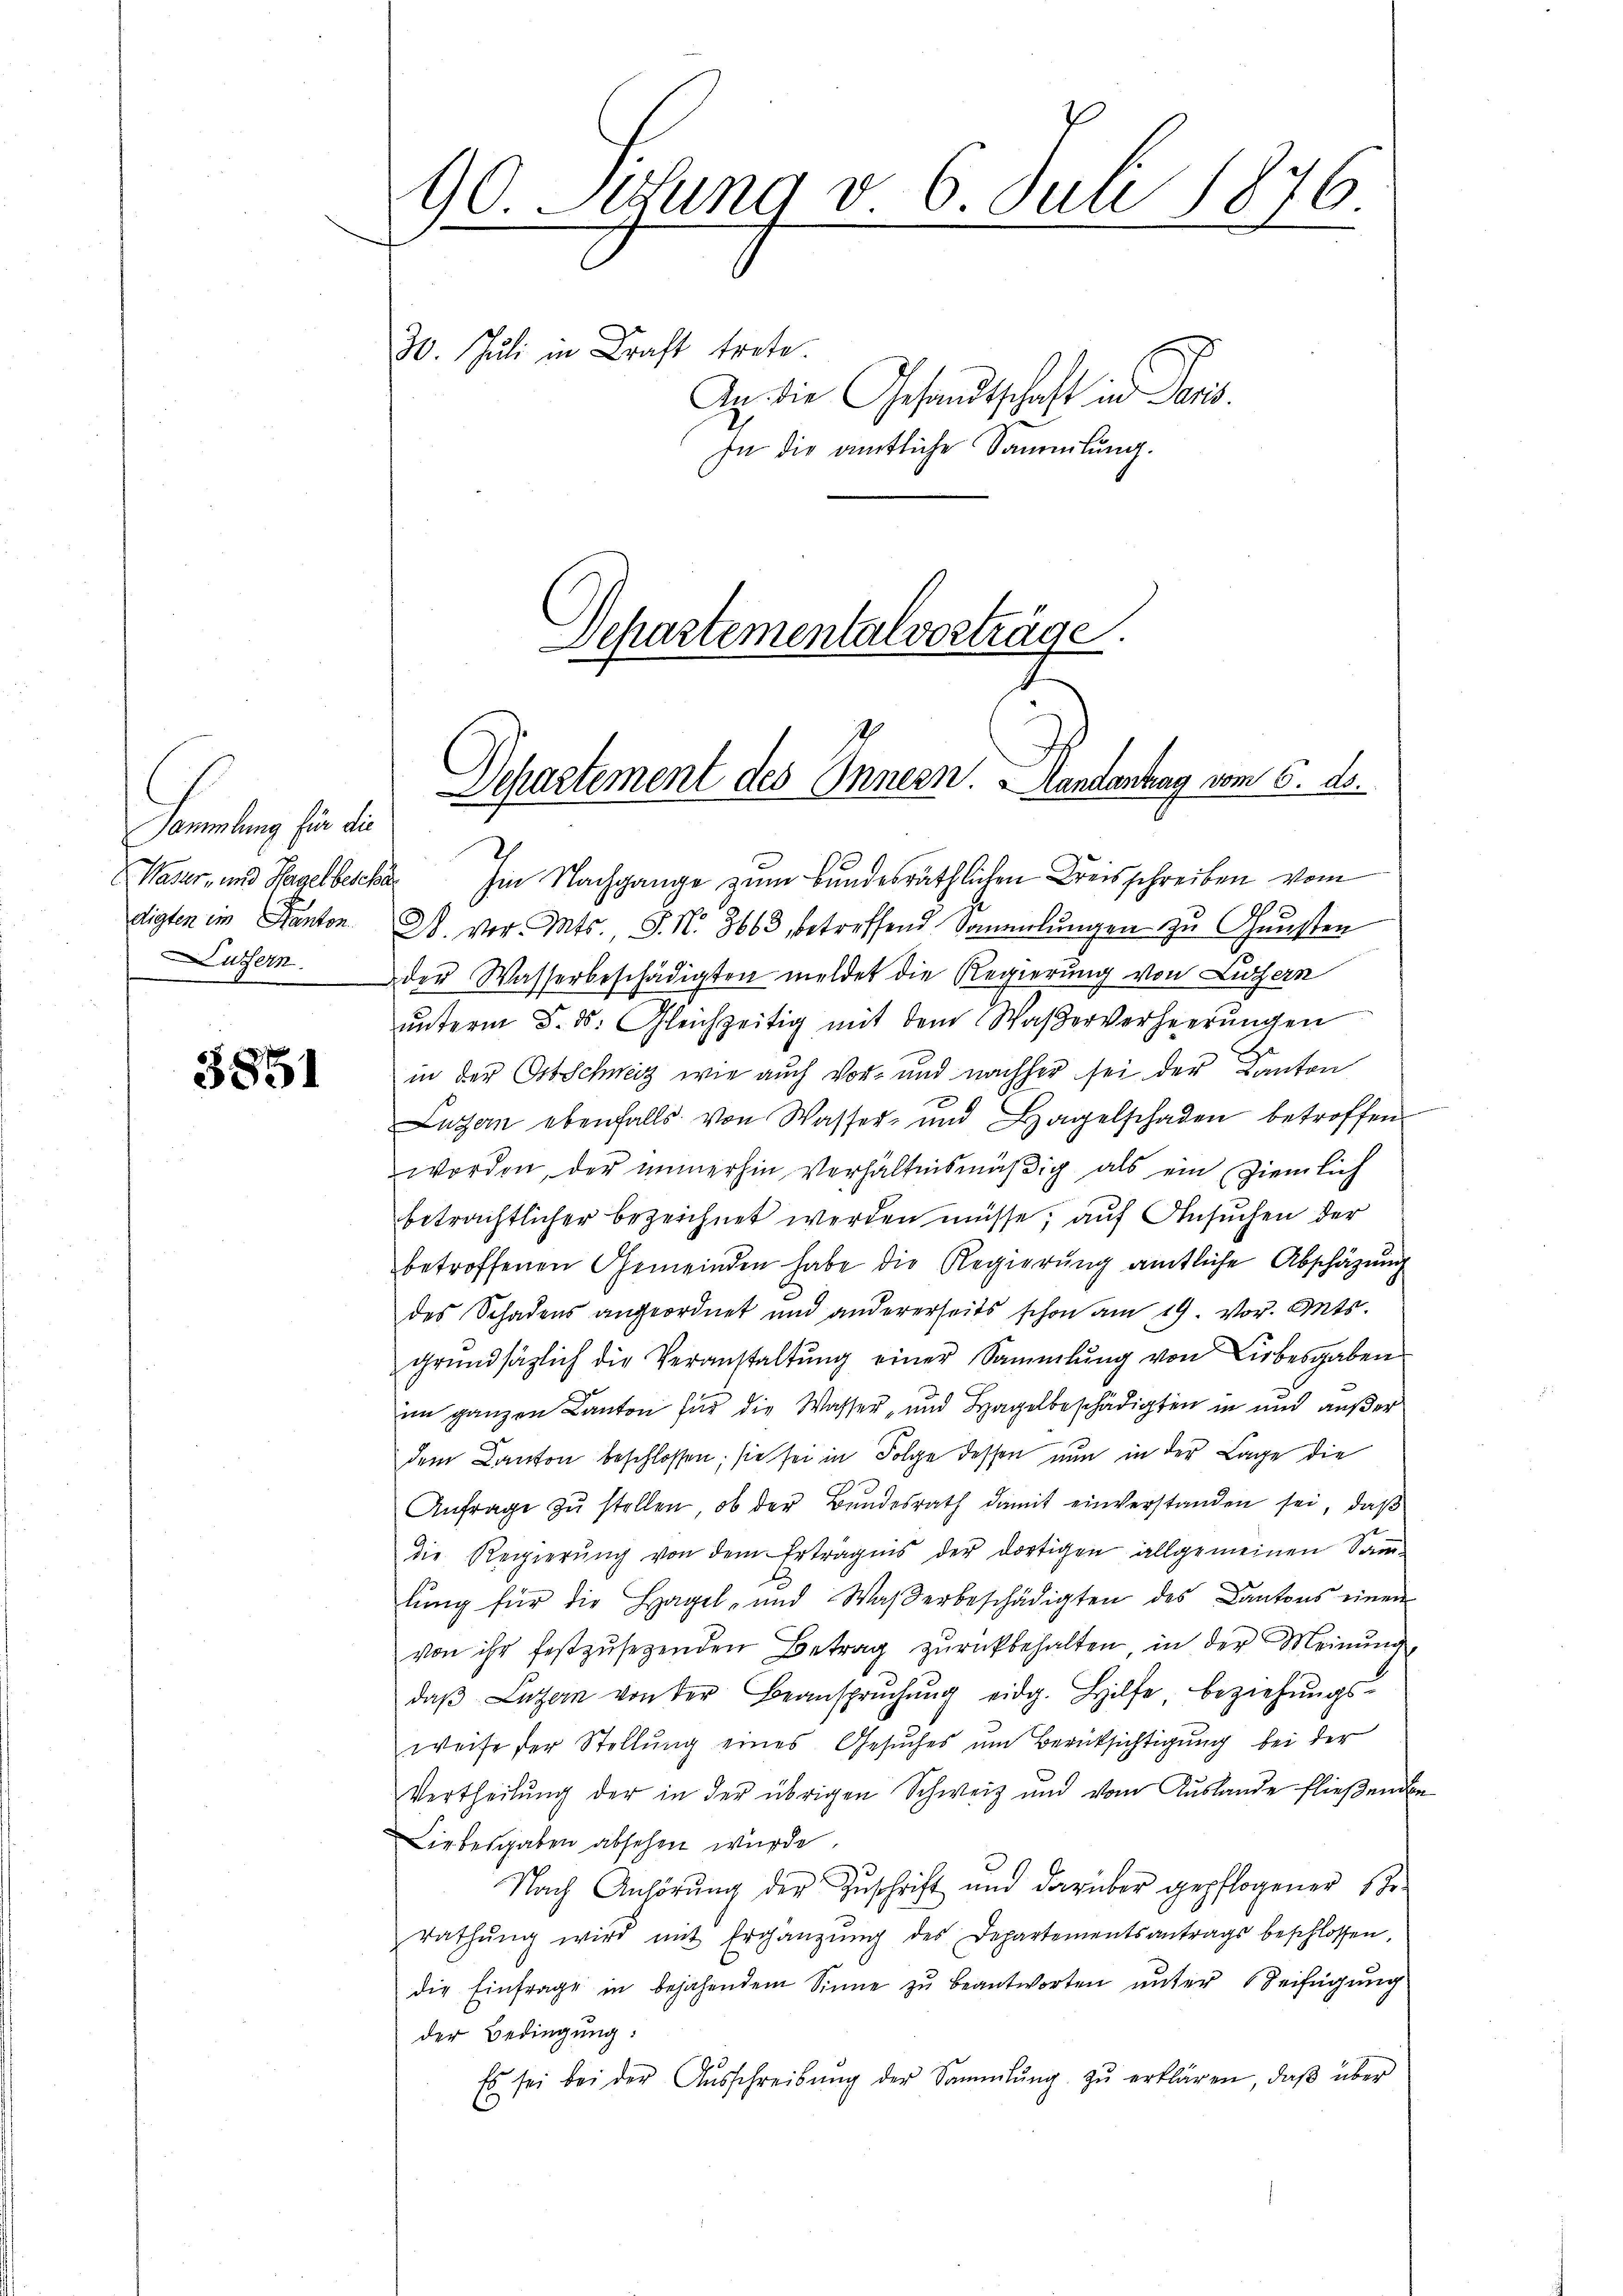
Sammlung für die

3851

1876.
90. Sitzung v. 6. Juli
n
30. Juli in Kraft trete.
An die Gesandtschaft in Paris.
In die amtliche Sammlung.

Departementalvorträge.

Separtement des Innern. Handantrag vom 6. ds.

Waser- und Hagelbescha Im Nachgange zum Bundesräthlichen Kreisschreiben vom
d
digten im Kanton B. vor. Mts., S. N. 3663 betreffend Sammlungen zŭ Gŭnsten
uzern der Wasserbeschädigten meldet die Regierung von Luzern
ŭnterm 8. ds. Gleichzeitig mit dem Waßerverheerŭngen
l
in der Ostschweiz wie auch vor- und nachher sei der Kanton
Luzern ebenfalls von Wasser- und Hagelschaden betroffen
worden, der immerhin Verhältnismäßig als ein ziemlich
beträchtlicher bezeichnet werden müsse; auf Ansuchen der
betroffenen Gemeinden habe die Regierŭng amtliche Abschäzŭng
des Schadens angeordnet und andererseits schon am 19. vor. Mts.
grŭndsätzlich die Veranstaltŭng einer Sammlung von Liebesgaben
im ganzen Kanton für die Wasser, und Hagelbeschädigten in und außer
dem Kanton beschlossen; sie sei in Folge dessen nun in der Lage die
Anfrage zŭ stellen, ob der Bŭndesrath damit einverstanden sei, daβ
die Regierŭng von dem Erträgnis der dortigen allgemeinen Samm-
lŭng für die Hagel- und Waßerbeschädigten des Cantons einen
von ihr festzŭsetzenden Betrag zŭrückbehalten, in der Meinŭng
daβ Luzern von der Beansprŭchŭng eidg. Hilfe, beziehŭngs-
weise der Stellung eines Gesuches um Berücksichtigung bei der
Vertheilŭng der in der übrigen Schweiz und vom Aŭslande flieβenden
Liebesgaben absehen würde.
Nach Anhörŭng der Zŭschrift und darüber gepflogener Str
rathŭng wird mit Ergänzŭng des Departementsantrags beschlossen.
die Einfrage in bejahendem Sinne zŭ beantworten ŭnter Seifügung
der Bedingung:
Es sei bei der Aŭsschreibŭng der Sammlung zŭ erklären, daβ über

¬